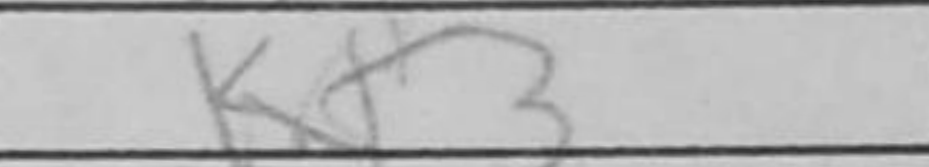
Transcription: Kf3